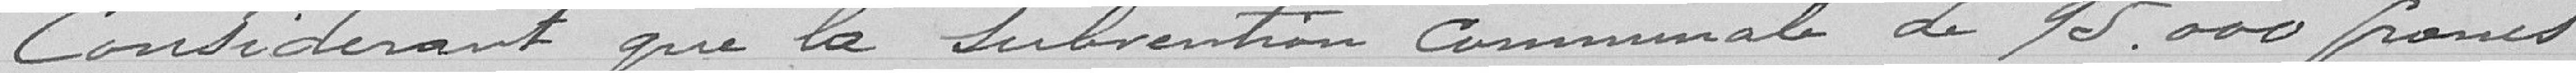
Considérant que la subvention communale de 95 000 francs